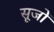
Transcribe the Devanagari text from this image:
सूजों